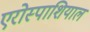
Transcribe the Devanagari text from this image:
एरोस्पाशियाल